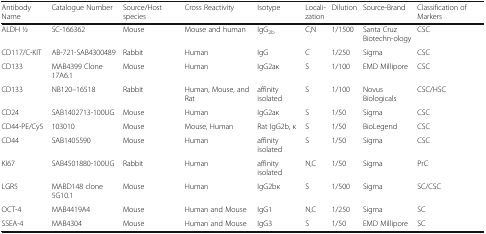
| Antibody Name | Catalogue Number | Source/Host species | Cross Reactivity | Isotype | Locali-zation | Dilution | Source-Brand | Classification of Markers |
 | --- | --- | --- | --- | --- | --- | --- | --- | --- |
 | ALDH 1⁄2 | SC-166362 | Mouse | Mouse and human | IgG2b | C,N | 1/1500 | Santa Cruz Biotechn-ology | CSC |
 | CD117/C-KIT | AB-721-SAB4300489 | Rabbit | Human | IgG | C | 1/250 | Sigma | CSC |
 | CD133 | MAB4399 Clone 17A6.1 | Mouse | Human | IgG2aκ | S | 1/100 | EMD Millipore | CSC |
 | CD133 | NB120–16518 | Rabbit | Human, Mouse, and Rat | affinity isolated | S | 1/100 | Novus Biologicals | CSC/HSC |
 | CD24 | SAB1402713-100UG | Mouse | Human | IgG2aκ | S | 1/50 | Sigma | CSC |
 | CD44-PE/Cy5 | 103010 | Mouse | Mouse, Human | Rat IgG2b, κ | S | 1/50 | BioLegend | CSC |
 | CD44 | SAB1405590 | Mouse | Human | affinity isolated | S | 1/50 | Sigma | CSC |
 | KI67 | SAB4501880-100UG | Rabbit | Human | affinity isolated | N,C | 1/50 | Sigma | PrC |
 | LGR5 | MABD148 clone 5G10.1 | Mouse | Human | IgG2bκ | S | 1/500 | Sigma | SC/CSC |
 | OCT-4 | MAB4419A4 | Mouse | Human and Mouse | IgG1 | N,C | 1/250 | Sigma | SC |
 | SSEA-4 | MAB4304 | Mouse | Human and Mouse | IgG3 | S | 1/50 | EMD Millipore | SC |